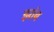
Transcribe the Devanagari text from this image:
झांब